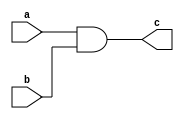
`timescale 1ns / 1ps

module and_g(
    input  wire a,
    input  wire b,
    output wire c
    );
    
    assign c = a & b;
endmodule